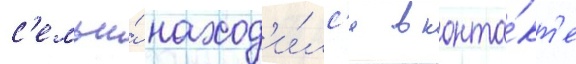
с'емьи́ наход'и́лс'я в конта́кт'е